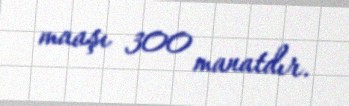
maaşı 300 manatdır.